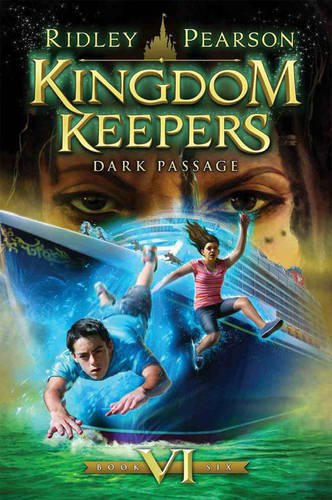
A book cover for Kingdom Keepers VI: Dark Passage; Ridley Pearson; Children's Books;